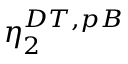
\eta _ { 2 } ^ { D T , p B }